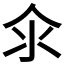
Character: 𱥯